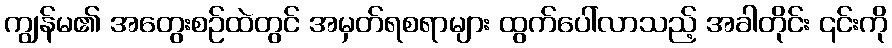
ကျွန်မ၏ အတွေးစဉ်ထဲတွင် အမှတ်ရစရာများ ထွက်ပေါ်လာသည့် အခါတိုင်း ၎င်းကို